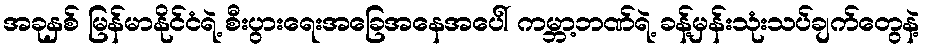
အခုနှစ် မြန်မာနိုင်ငံရဲ့ စီးပွားရေးအခြေအနေအပေါ် ကမ္ဘာ့ဘဏ်ရဲ့ ခန့်မှန်းသုံးသပ်ချက်တွေနဲ့